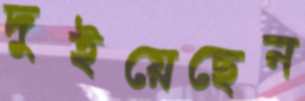
দুইয়েছেন